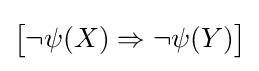
{\bigl [}\neg \psi (X)\Rightarrow \neg \psi (Y){\bigr ]}